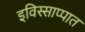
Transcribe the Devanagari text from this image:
इविस्साप्पात